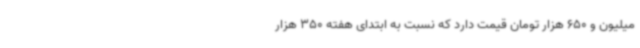
میلیون و 650 هزار تومان قیمت دارد که نسبت به ابتدای هفته 350 هزار